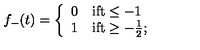
f _ { - } ( t ) = \left\{ \begin{array} { l l } { 0 } & { \mathrm { i f t \leq - 1 } } \\ { 1 } & { \mathrm { i f t \geq - { \frac { 1 } { 2 } } ; } } \\ \end{array} \right.